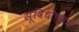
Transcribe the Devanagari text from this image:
सूविधांच्या